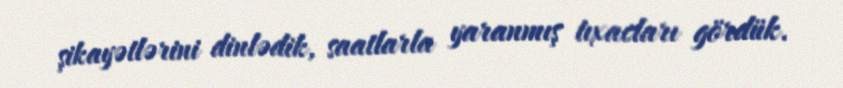
şikayətlərini dinlədik, saatlarla yaranmış tıxacları gördük.